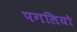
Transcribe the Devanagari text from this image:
पगलियो